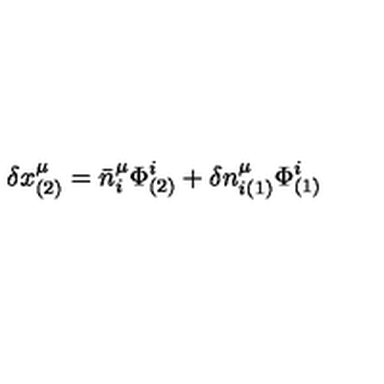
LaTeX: \delta x _ { ( 2 ) } ^ { \mu } = \bar { n } _ { i } ^ { \mu } \Phi _ { ( 2 ) } ^ { i } + \delta n _ { i ( 1 ) } ^ { \mu } \Phi _ { ( 1 ) } ^ { i }